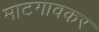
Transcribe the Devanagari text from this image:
माटगावकर